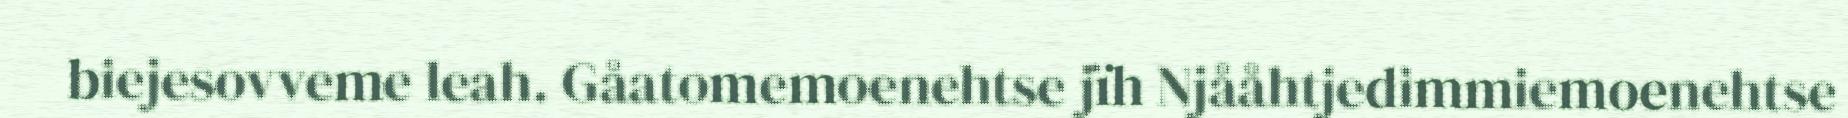
biejesovveme leah. Gåatomemoenehtse jïh Njååhtjedimmiemoenehtse